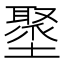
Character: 𡒍